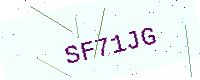
Text: SF71JG